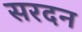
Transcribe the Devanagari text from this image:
सरदन